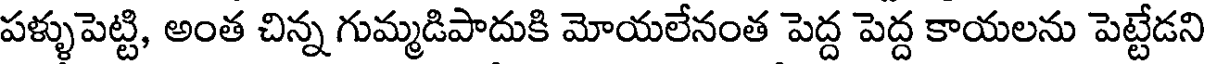
పళ్ళుపెట్టి, అంత చిన్న గుమ్మడిపాదుకి మోయలేనంత పెద్ద పెద్ద కాయలను పెట్టేడని